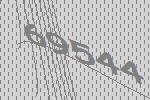
69544